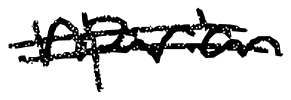
Text: riparian
Cross-out: double-line
Writing tool: digital_black